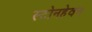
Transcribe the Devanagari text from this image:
स्टोनहेवन